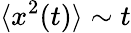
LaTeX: \langle x^{2}(t)\rangle\sim t